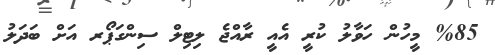
%85 މީހުން ހަވާލު ކުރީ އެއީ ރާއްޖެ ލިޓިލް ސިންގަޕޯރ އަށް ބަދަލު